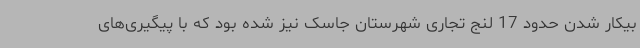
بیکار شدن حدود 17 لنج تجاری شهرستان جاسک نیز شده بود که با پیگیری‌های